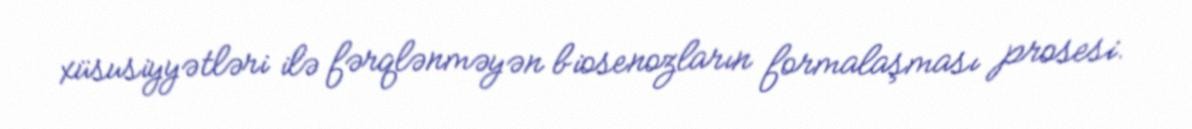
xüsusiyyətləri ilə fərqlənməyən biosenozların formalaşması prosesi.